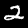
Digit: 2